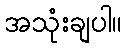
အသုံးချပါ။